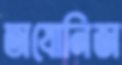
অযোনিজ